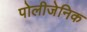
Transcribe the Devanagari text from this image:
पोलीजेनिक